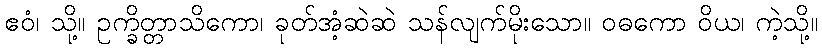
ဧဝံ၊ သို့။ ဥက္ခိတ္တာသိကော၊ ခုတ်အံ့ဆဲဆဲ သန်လျက်မိုးသော။ ဝဓကော ဝိယ၊ ကဲ့သို့။